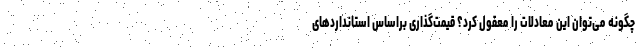
چگونه می‌توان این معادلات را معقول کرد؟ قیمت‌گذاری براساس استانداردهای